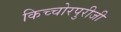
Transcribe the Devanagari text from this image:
किच्चोरपुरीजी